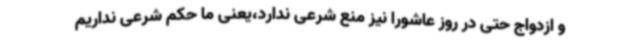
و ازدواج حتی در روز عاشورا نیز منع شرعی ندارد،یعنی ما حکم شرعی نداریم